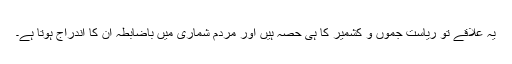
یہ علاقے تو ریاست جموں و کشمیر کا ہی حصہ ہیں اور مردم شماری میں باضابطہ ان کا اندراج ہوتا ہے۔